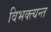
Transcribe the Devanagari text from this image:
विभक्त्यन्त